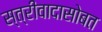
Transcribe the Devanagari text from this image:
स्त्रीवादासोबत